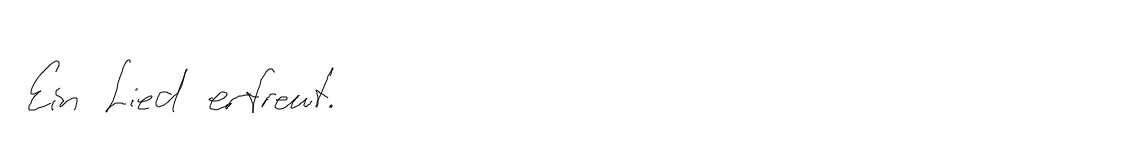
Ein Lied erfreut.